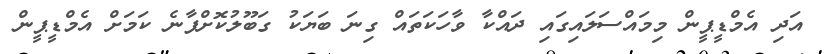
އަދި އެމްޑީޕީން މިމައްސަލައިގައި ދައްކާ ވާހަކަތައް ގިނަ ބަޔަކު ގަބޫލުކޮށްފާނެ ކަމަށް އެމްޑީޕީން